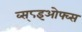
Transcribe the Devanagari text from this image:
व्स्८इओफ्व्स